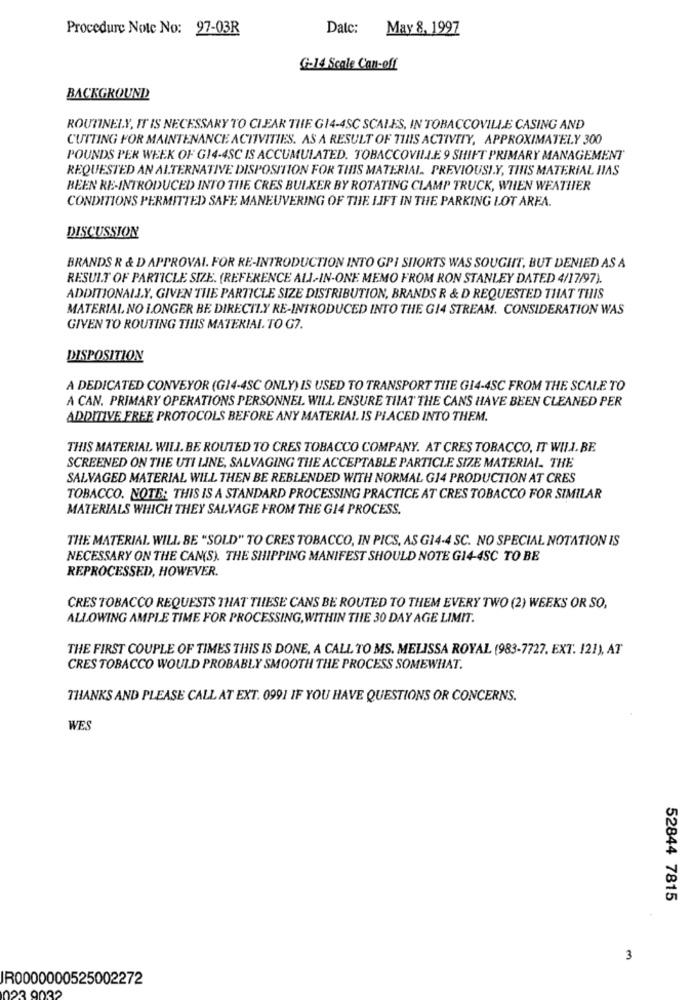
Procedure Note No: 97-03R
Datc: May 8, 1997
G-14 Scale Can-off
BACKGROUND
ROUTINELY, IT IS NECESSARY TO CLEAR THE G14-4SC SCALES, IN TOBACCOVILLE CASING AND
CUTTING FOR MAINTENANCE ACTIVITIES. AS A RESULT OF THIS ACTIVITY, APPROXIMATELY 300
POUNDS PER WEEK OF G14-4SC IS ACCUMULATED. TOBACCOVILLE 9 SHIFT PRIMARY MANAGEMENT
REQUESTED AN ALTERNATIVE DISPOSITION FOR THIS MATERIAL. PREVIOUSLY, THIS MATERIAL HAS
BEEN RE-INTRODUCED INTO THE CRES BULKER BY ROTATING CLAMP TRUCK, WHEN WEATHER
CONDITIONS PERMITTED SAFE MANEUVERING OF THE LIFT IN THE PARKING LOT AREA.
DISCUSSION
BRANDS R & D APPROVAL. FOR RE-INTRODUCTION INTO GPI SHORTS WAS SOUGHT, BUT DENIED AS A
RESULT OF PARTICLE SIZE. (REFERENCE ALL-IN-ONE MEMO FROM RON STANLEY DATED 4/17/97).
ADDITIONALLY, GIVEN THE PARTICLE SIZE DISTRIBUTION, BRANDS R & D REQUESTED THAT THIS
MATERIAL NO LONGER BE DIRECTLY RE-INTRODUCED INTO THE G14 STREAM. CONSIDERATION WAS
GIVEN TO ROUTING THIS MATERIAL. TO G7.
DISPOSITION
A DEDICATED CONVEYOR (G14-4SC ONLY) IS USED TO TRANSPORT THE GI4-4SC FROM THE SCALE TO
A CAN. PRIMARY OPERATIONS PERSONNEL WILL ENSURE THAT THE CANS HAVE BEEN CLEANED PER
ADDITIVE FREE PROTOCOLS BEFORE ANY MATERIAL IS PLACED INTO THEM.
THIS MATERIAL WILL. BE ROUTED TO CRES TOBACCO COMPANY. AT CRES TOBACCO, IT WILL. BE.
SCREENED ON THE UTI LINE, SALVAGING THE ACCEPTABLE PARTICLE SIZE MATERIAL. THE
SALVAGED MATERIAL WILL THEN BE REBLENDED WITH NORMAL G14 PRODUCTION AT CRES
TOBACCO. NOTE: THIS IS A STANDARD PROCESSING PRACTICE AT CRES TOBACCO FOR SIMILAR
MATERIALS WHICH THEY SALVAGE FROM THE G14 PROCESS.
THE MATERIAL WILL BE "SOLD" TO CRES TOBACCO, IN PICS, AS G14-4 SC. NO SPECIAL NOTATION IS
NECESSARY ON THE CAN(S). THE SHIPPING MANIFEST SHOULD NOTE G14-4SC TO BE
REPROCESSED, HOWEVER.
CRES TOBACCO REQUESTS THAT THESE CANS BE ROUTED TO THEM EVERY TWO (2) WEEKS OR SO,
ALLOWING AMPLE TIME FOR PROCESSING, WITHIN THE 30 DAY AGE LIMIT.
THE FIRST COUPLE OF TIMES THIS IS DONE, A CALL TO MS. MELISSA ROYAL (983-7727, EXT. 121), AT
CRES TOBACCO WOULD PROBABLY SMOOTH THE PROCESS SOMEWHAT.
THANKS AND PLEASE CALL AT EXT. 0991 IF YOU HAVE QUESTIONS OR CONCERNS.
WES
52844 7815
3
IR0000000525002272
23 9032